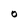
Character: O